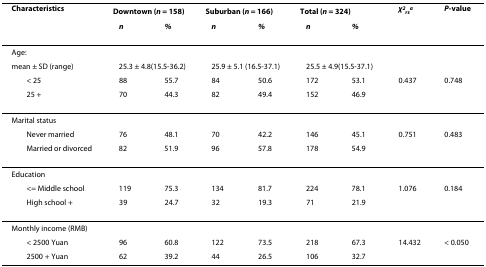
<table><thead><tr><td><b>Characteristics</b></td><td colspan="2"><b>Downtown (<i>n </i>= 158)</b></td><td colspan="2"><b>Suburban (<i>n </i>= 166)</b></td><td colspan="2"><b>Total (<i>n </i>= 324)</b></td><td><b><i>χ</i><sup><i>2</i></sup><sub><i>rs</i></sub><sup><i>a</i></sup></b></td><td><b><i>P</i>-value</b></td></tr><tr><td></td><td><b><i>n</i></b></td><td><b><i>%</i></b></td><td><b><i>n</i></b></td><td><b><i>%</i></b></td><td><b><i>n</i></b></td><td><b><i>%</i></b></td><td></td><td></td></tr></thead><tbody><tr><td>Age:</td><td></td><td></td><td></td><td></td><td></td><td></td><td></td><td></td></tr><tr><td>mean ± SD (range)</td><td colspan="2">25.3 ± 4.8(15.5-36.2)</td><td colspan="2">25.9 ± 5.1 (16.5-37.1)</td><td colspan="2">25.5 ± 4.9(15.5-37.1)</td><td></td><td></td></tr><tr><td> &lt; 25</td><td>88</td><td>55.7</td><td>84</td><td>50.6</td><td>172</td><td>53.1</td><td>0.437</td><td>0.748</td></tr><tr><td> 25 +</td><td>70</td><td>44.3</td><td>82</td><td>49.4</td><td>152</td><td>46.9</td><td></td><td></td></tr><tr><td>Marital status</td><td></td><td></td><td></td><td></td><td></td><td></td><td></td><td></td></tr><tr><td> Never married</td><td>76</td><td>48.1</td><td>70</td><td>42.2</td><td>146</td><td>45.1</td><td>0.751</td><td>0.483</td></tr><tr><td> Married or divorced</td><td>82</td><td>51.9</td><td>96</td><td>57.8</td><td>178</td><td>54.9</td><td></td><td></td></tr><tr><td>Education</td><td></td><td></td><td></td><td></td><td></td><td></td><td></td><td></td></tr><tr><td> &lt;= Middle school</td><td>119</td><td>75.3</td><td>134</td><td>81.7</td><td>224</td><td>78.1</td><td>1.076</td><td>0.184</td></tr><tr><td> High school +</td><td>39</td><td>24.7</td><td>32</td><td>19.3</td><td>71</td><td>21.9</td><td></td><td></td></tr><tr><td>Monthly income (RMB)</td><td></td><td></td><td></td><td></td><td></td><td></td><td></td><td></td></tr><tr><td> &lt; 2500 Yuan</td><td>96</td><td>60.8</td><td>122</td><td>73.5</td><td>218</td><td>67.3</td><td>14.432</td><td>&lt; 0.050</td></tr><tr><td> 2500 + Yuan</td><td>62</td><td>39.2</td><td>44</td><td>26.5</td><td>106</td><td>32.7</td><td></td><td></td></tr></tbody></table>